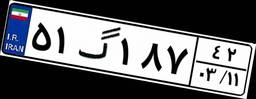
۹۲گ۹۷۲۳۶